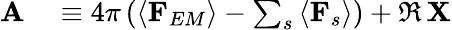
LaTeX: \begin{array}{rl}{\mathbf{A}}&{{}\equiv 4\pi\left(\left\langle\mathbf{F}_{EM}\right\rangle-\sum_{s}\left\langle\mathbf{F}_{s}\right\rangle\right)+\Re\, \mathbf{X}}\end{array}